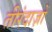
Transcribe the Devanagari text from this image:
तीरंदाज़ों